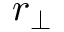
r _ { \perp }